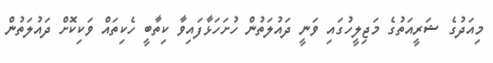
މިއަދުގެ ޝަރީއަތުގެ މަޖިލީހުގައި ވަނީ ދައުލަތުން ހުށަހަޅާފައިވާ ކިތާބީ ހެކިތައް ވަކިކޮށް ދައުލަތުން